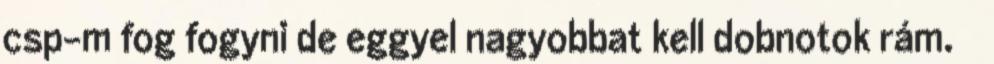
csp-m fog fogyni de eggyel nagyobbat kell dobnotok rám.